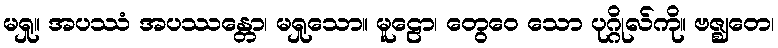
မရှု။ အပဿံ အပဿန္တော၊ မရှုသော။ မူဠော၊ တွေဝေ သော ပုဂ္ဂိုလ်ကို။ ဗဇ္ဈတေ၊